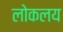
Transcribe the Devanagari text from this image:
लोकलय